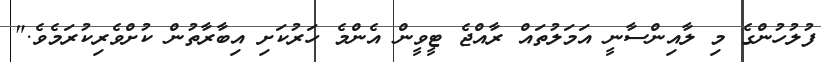
ފުލުހުންގެ މި ލާއިންސާނީ އަމަލުތައް ރާއްޖެ ޓީވީން އެންމެ ހަރުކަށި އިބާރާތުން ކުށްވެރިކުރަމެވެ."